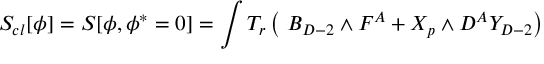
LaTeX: S _ { c l } [ \phi ] = S [ \phi , \phi ^ { * } = 0 ] = \int T _ { r } \left( \ B _ { D - 2 } \wedge F ^ { A } + X _ { p } \wedge D ^ { A } Y _ { D - 2 } \right)